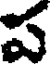
ప